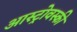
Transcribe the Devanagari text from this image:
आस्ट्रोवस्की